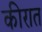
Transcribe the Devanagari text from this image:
कीरात